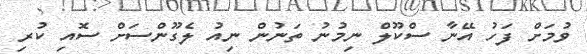
ވުމަށް ފަހު އޭނާ ސްކޫލް ނިމުނު ތަނުން ނިއު ލެގޫންސަށް ސޮއި ކުރި